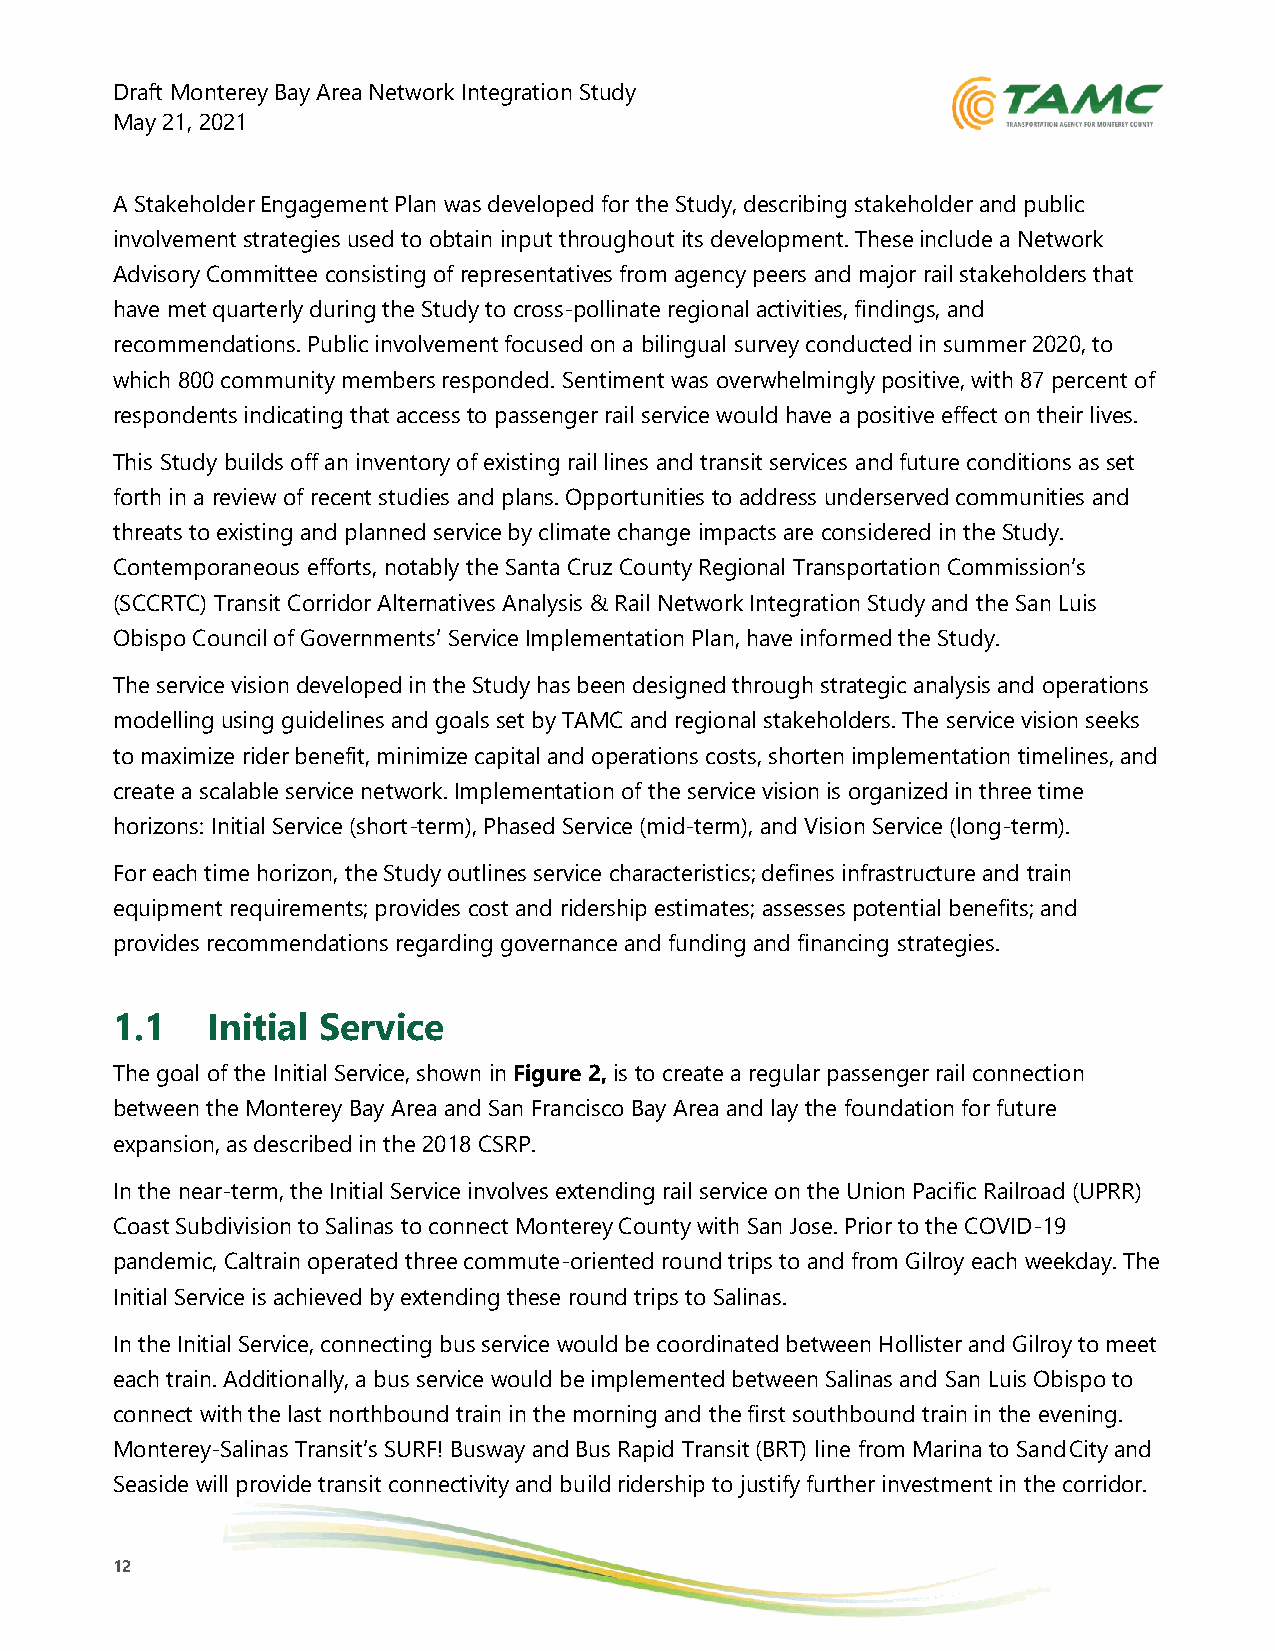
Draft Monterey Bay Area Network Integration Study
 May 21, 2021
 A Stakeholder Engagement Plan was developed for the Study, describing stakeholder and public
 involvement strategies used to obtain input throughout its development. These include a Network
 Advisory Committee consisting of representatives from agency peers and major rail stakeholders that
 have met quarterly during the Study to cross-pollinate regional activities, findings, and
 recommendations. Public involvement focused on a bilingual survey conducted in summer 2020, to
 which 800 community members responded. Sentiment was overwhelmingly positive, with 87 percent of
 respondents indicating that access to passenger rail service would have a positive effect on their lives.
 This Study builds off an inventory of existing rail lines and transit services and future conditions as set
 forth in a review of recent studies and plans. Opportunities to address underserved communities and
 threats to existing and planned service by climate change impacts are considered in the Study.
 Contemporaneous efforts, notably the Santa Cruz County Regional Transportation Commission’s
 (SCCRTC) Transit Corridor Alternatives Analysis & Rail Network Integration Study and the San Luis
 Obispo Council of Governments’ Service Implementation Plan, have informed the Study.
 The service vision developed in the Study has been designed through strategic analysis and operations
 modelling using guidelines and goals set by TAMC and regional stakeholders. The service vision seeks
 to maximize rider benefit, minimize capital and operations costs, shorten implementation timelines, and
 create a scalable service network. Implementation of the service vision is organized in three time
 horizons: Initial Service (short-term), Phased Service (mid-term), and Vision Service (long-term).
 For each time horizon, the Study outlines service characteristics; defines infrastructure and train
 equipment requirements; provides cost and ridership estimates; assesses potential benefits; and
 provides recommendations regarding governance and funding and financing strategies.
 1.1    Initial Service
 The goal of the Initial Service, shown in Figure 2, is to create a regular passenger rail connection
 between the Monterey Bay Area and San Francisco Bay Area and lay the foundation for future
 expansion, as described in the 2018 CSRP.
 In the near-term, the Initial Service involves extending rail service on the Union Pacific Railroad (UPRR)
 Coast Subdivision to Salinas to connect Monterey County with San Jose. Prior to the COVID-19
 pandemic, Caltrain operated three commute-oriented round trips to and from Gilroy each weekday. The
 Initial Service is achieved by extending these round trips to Salinas.
 In the Initial Service, connecting bus service would be coordinated between Hollister and Gilroy to meet
 each train. Additionally, a bus service would be implemented between Salinas and San Luis Obispo to
 connect with the last northbound train in the morning and the first southbound train in the evening.
 Monterey-Salinas Transit’s SURF! Busway and Bus Rapid Transit (BRT) line from Marina to Sand City and
 Seaside will provide transit connectivity and build ridership to justify further investment in the corridor.
 12